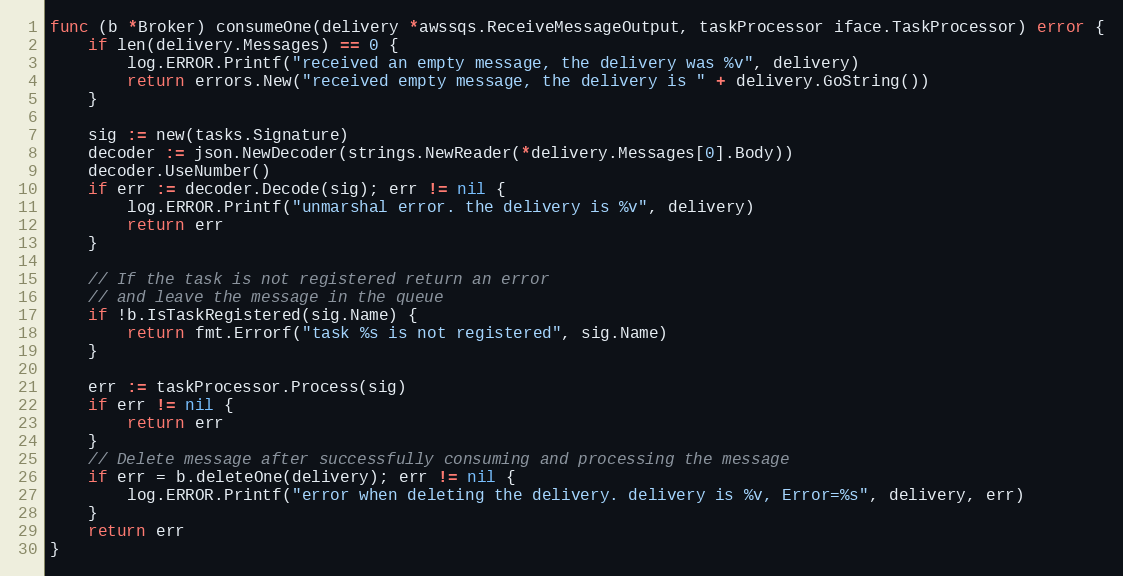
Language: Go
func (b *Broker) consumeOne(delivery *awssqs.ReceiveMessageOutput, taskProcessor iface.TaskProcessor) error {
	if len(delivery.Messages) == 0 {
		log.ERROR.Printf("received an empty message, the delivery was %v", delivery)
		return errors.New("received empty message, the delivery is " + delivery.GoString())
	}

	sig := new(tasks.Signature)
	decoder := json.NewDecoder(strings.NewReader(*delivery.Messages[0].Body))
	decoder.UseNumber()
	if err := decoder.Decode(sig); err != nil {
		log.ERROR.Printf("unmarshal error. the delivery is %v", delivery)
		return err
	}

	// If the task is not registered return an error
	// and leave the message in the queue
	if !b.IsTaskRegistered(sig.Name) {
		return fmt.Errorf("task %s is not registered", sig.Name)
	}

	err := taskProcessor.Process(sig)
	if err != nil {
		return err
	}
	// Delete message after successfully consuming and processing the message
	if err = b.deleteOne(delivery); err != nil {
		log.ERROR.Printf("error when deleting the delivery. delivery is %v, Error=%s", delivery, err)
	}
	return err
}